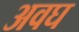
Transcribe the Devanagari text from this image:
अवघ